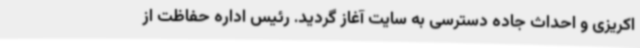
اکریزی و احداث جاده دسترسی به سایت آغاز گردید. رئیس اداره حفاظت از